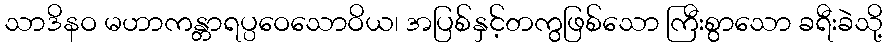
သာဒိနဝ မဟာကန္တာရပ္ပဝေသောဝိယ၊ အပြစ်နှင့်တကွဖြစ်သော ကြီးစွာသော ခရီးခဲသို့